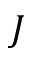
J